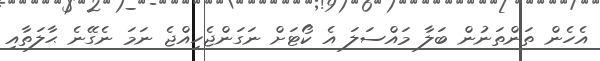
އެހެން ތަންތަނުން ބަލާ މައްސަލަ އެ ކޯޓަށް ނަގަންޖެހިއްޖެ ނަމަ ނެގޭނެ ޙާލަތާއި